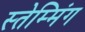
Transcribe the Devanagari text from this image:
स्तेम्मिंग